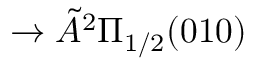
{ } \rightarrow \tilde { A } { } ^ { 2 } \Pi _ { 1 / 2 } ( 0 1 0 )